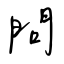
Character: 問